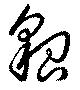
貌